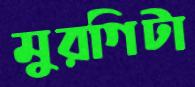
মুরগিটা